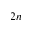
2 n